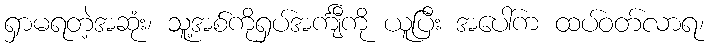
ရှာမရတဲ့အဆုံး၊ သူ့အစ်ကိုရှပ်အင်္ကျီကို ယူပြီး အပေါ်က ထပ်ဝတ်လာရ၊